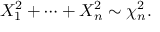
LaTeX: X _ { 1 } ^ { 2 } + \cdots + X _ { n } ^ { 2 } \sim \chi _ { n } ^ { 2 } .